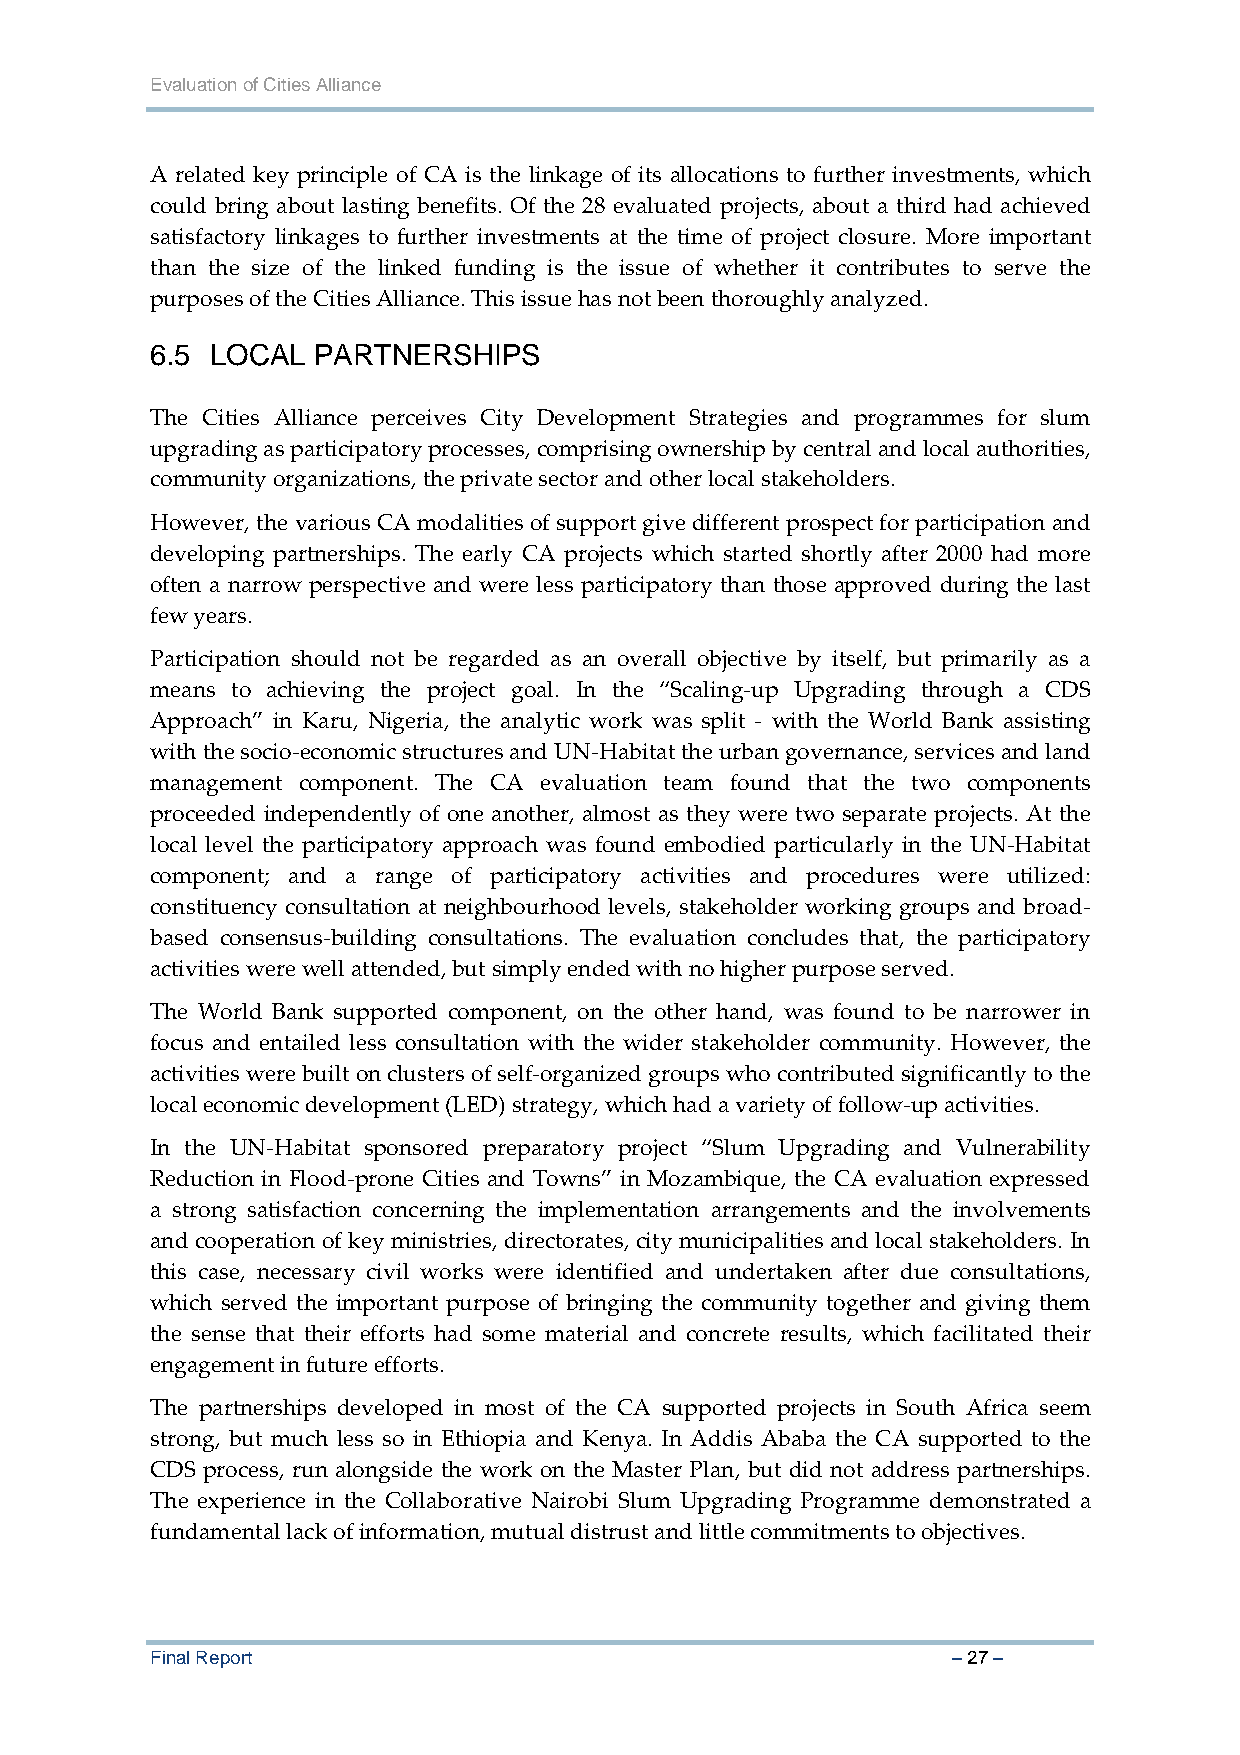
Evaluation of Cities Alliance
 A related key principle of CA is the linkage of its allocations to further investments, which
 could bring about lasting benefits. Of the 28 evaluated projects, about a third had achieved
 satisfactory linkages to further investments at the time of project closure. More important
 than the size of the linked funding is the issue of whether it contributes to serve the
 purposes of the Cities Alliance. This issue has not been thoroughly analyzed.
 6.5 LOCAL  PARTNERSHIPS
 The Cities Alliance perceives City Development Strategies and programmes for slum
 upgrading as participatory processes, comprising ownership by central and local authorities,
 community organizations, the private sector and other local stakeholders.
 However, the various CA modalities of support give different prospect for participation and
 developing partnerships. The early CA projects which started shortly after 2000 had more
 often a narrow perspective and were less participatory than those approved during the last
 few years.
 Participation should not be regarded as an overall objective by itself, but primarily as a
 means to achieving the project goal. In the “Scaling‐up Upgrading through a CDS
 Approach” in Karu, Nigeria, the analytic work was split ‐ with the World Bank assisting
 with the socio‐economic structures and UN‐Habitat the urban governance, services and land
 management component. The CA evaluation team found that the two components
 proceeded independently of one another, almost as they were two separate projects. At the
 local level the participatory approach was found embodied particularly in the UN‐Habitat
 component; and a range of participatory activities and procedures were utilized:
 constituency consultation at neighbourhood levels, stakeholder working groups and broad‐
 based consensus‐building consultations. The evaluation concludes that, the participatory
 activities were well attended, but simply ended with no higher purpose served.
 The World Bank supported component, on the other hand, was found to be narrower in
 focus and entailed less consultation with the wider stakeholder community. However, the
 activities were built on clusters of self‐organized groups who contributed significantly to the
 local economic development (LED) strategy, which had a variety of follow‐up activities.
 In the UN‐Habitat sponsored preparatory project “Slum Upgrading and Vulnerability
 Reduction in Flood‐prone Cities and Towns” in Mozambique, the CA evaluation expressed
 a strong satisfaction concerning the implementation arrangements and the involvements
 and cooperation of key ministries, directorates, city municipalities and local stakeholders. In
 this case, necessary civil works were identified and undertaken after due consultations,
 which served the important purpose of bringing the community together and giving them
 the sense that their efforts had some material and concrete results, which facilitated their
 engagement in future efforts.
 The partnerships developed in most of the CA supported projects in South Africa seem
 strong, but much less so in Ethiopia and Kenya. In Addis Ababa the CA supported to the
 CDS process, run alongside the work on the Master Plan, but did not address partnerships.
 The experience in the Collaborative Nairobi Slum Upgrading Programme demonstrated a
 fundamental lack of information, mutual distrust and little commitments to objectives.
 Final Report                                         – 27 –